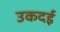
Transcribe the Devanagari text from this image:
उकदई